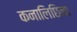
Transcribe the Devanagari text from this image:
कनालिछिना